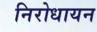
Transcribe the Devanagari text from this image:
निरोधायन